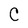
Character: C